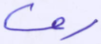
رف